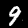
Digit: 9